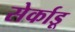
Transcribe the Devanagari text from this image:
सेर्काडू